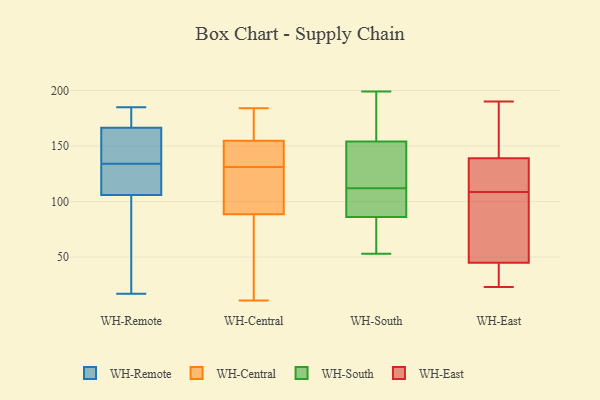
{"axis": {"x": "Market Share (%)", "y": "Value"}, "legend": ["WH-Central", "WH-East", "WH-Remote", "WH-South"], "data": [{"x": "", "y": 25, "type": "WH-Remote"}, {"x": "", "y": 118, "type": "WH-Remote"}, {"x": "", "y": 146, "type": "WH-Remote"}, {"x": "", "y": 17, "type": "WH-Remote"}, {"x": "", "y": 161, "type": "WH-Remote"}, {"x": "", "y": 165, "type": "WH-Remote"}, {"x": "", "y": 94, "type": "WH-Remote"}, {"x": "", "y": 119, "type": "WH-Remote"}, {"x": "", "y": 168, "type": "WH-Remote"}, {"x": "", "y": 122, "type": "WH-Remote"}, {"x": "", "y": 185, "type": "WH-Remote"}, {"x": "", "y": 176, "type": "WH-Remote"}, {"x": "", "y": 155, "type": "WH-Central"}, {"x": "", "y": 154, "type": "WH-Central"}, {"x": "", "y": 79, "type": "WH-Central"}, {"x": "", "y": 88, "type": "WH-Central"}, {"x": "", "y": 51, "type": "WH-Central"}, {"x": "", "y": 90, "type": "WH-Central"}, {"x": "", "y": 130, "type": "WH-Central"}, {"x": "", "y": 184, "type": "WH-Central"}, {"x": "", "y": 166, "type": "WH-Central"}, {"x": "", "y": 23, "type": "WH-Central"}, {"x": "", "y": 102, "type": "WH-Central"}, {"x": "", "y": 137, "type": "WH-Central"}, {"x": "", "y": 181, "type": "WH-Central"}, {"x": "", "y": 131, "type": "WH-Central"}, {"x": "", "y": 180, "type": "WH-Central"}, {"x": "", "y": 141, "type": "WH-Central"}, {"x": "", "y": 11, "type": "WH-Central"}, {"x": "", "y": 136, "type": "WH-Central"}, {"x": "", "y": 96, "type": "WH-Central"}, {"x": "", "y": 53, "type": "WH-South"}, {"x": "", "y": 111, "type": "WH-South"}, {"x": "", "y": 199, "type": "WH-South"}, {"x": "", "y": 86, "type": "WH-South"}, {"x": "", "y": 67, "type": "WH-South"}, {"x": "", "y": 165, "type": "WH-South"}, {"x": "", "y": 154, "type": "WH-South"}, {"x": "", "y": 123, "type": "WH-South"}, {"x": "", "y": 98, "type": "WH-South"}, {"x": "", "y": 113, "type": "WH-South"}, {"x": "", "y": 53, "type": "WH-East"}, {"x": "", "y": 124, "type": "WH-East"}, {"x": "", "y": 190, "type": "WH-East"}, {"x": "", "y": 23, "type": "WH-East"}, {"x": "", "y": 135, "type": "WH-East"}, {"x": "", "y": 145, "type": "WH-East"}, {"x": "", "y": 30, "type": "WH-East"}, {"x": "", "y": 139, "type": "WH-East"}, {"x": "", "y": 93, "type": "WH-East"}, {"x": "", "y": 45, "type": "WH-East"}]}